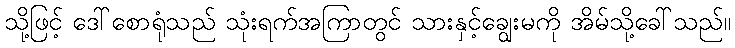
သို့ဖြင့် ဒေါ်စောရုံသည် သုံးရက်အကြာတွင် သားနှင့်ချွေးမကို အိမ်သို့ခေါ်သည်။